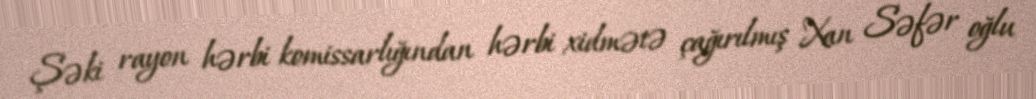
Şəki rayon hərbi komissarlığından hərbi xidmətə çağırılmış Xan Səfər oğlu